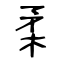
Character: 柔